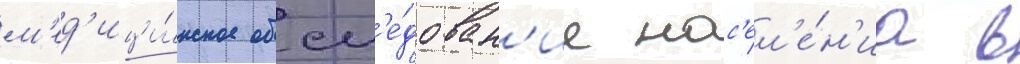
м'ед'ици́нское обсл'е́дован'ие нас'ел'е́н'иа в